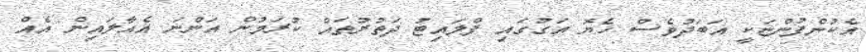
އެކުންފުންޏަކީ އަބަދުވެސް ހެޔޮ އަގުުގައި ފްލައިޓު ދަތުރުތައް ކުރަމުން އަންނަ އެއާލައިން އެއް